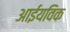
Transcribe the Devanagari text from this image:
आईयविक